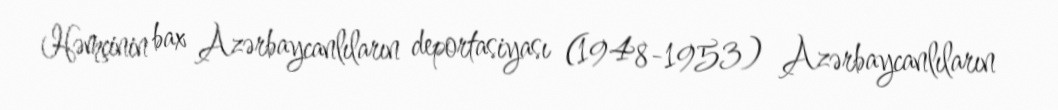
Həmçinin bax Azərbaycanlıların deportasiyası (1948-1953) Azərbaycanlıların